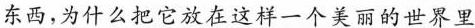
东西，为什么把它放在这样一个美丽的世界里